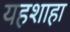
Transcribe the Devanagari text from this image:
यहशाहा